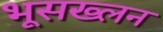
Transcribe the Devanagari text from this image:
भूसख्लन